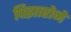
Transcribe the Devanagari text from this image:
पिझारोने